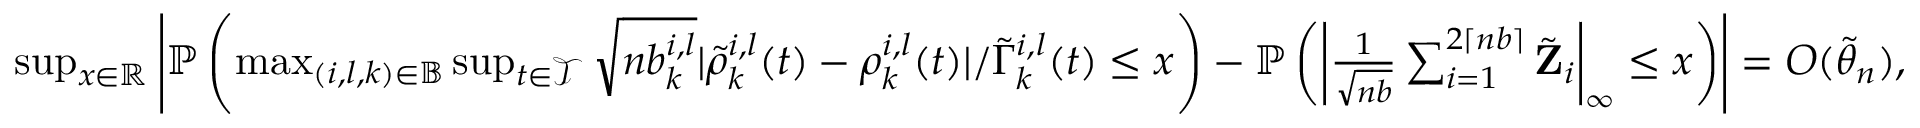
\begin{array} { r } { \operatorname* { s u p } _ { x \in \mathbb { R } } \left| \mathbb { P } \left( \operatorname* { m a x } _ { ( i , l , k ) \in \mathbb { B } } \operatorname* { s u p } _ { t \in \mathcal { T } } \sqrt { n b _ { k } ^ { i , l } } | \tilde { \rho } _ { k } ^ { i , l } ( t ) - \rho _ { k } ^ { i , l } ( t ) | / \tilde { \Gamma } _ { k } ^ { i , l } ( t ) \leq x \right) - \mathbb { P } \left( \left| \frac { 1 } { \sqrt { n b } } \sum _ { i = 1 } ^ { 2 \lceil n b \rceil } \tilde { \mathbf Z } _ { i } \right| _ { \infty } \leq x \right) \right| = O ( \tilde { \theta } _ { n } ) , } \end{array}